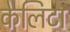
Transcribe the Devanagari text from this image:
केलिटा